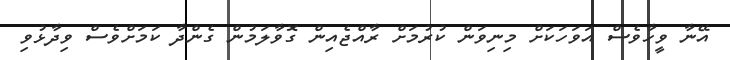
އޭނާ ވީހާވެސް އަވަހަކަށް މިނިވަން ކުރުމަށް ރާއްޖެއިން ގޮވާލަމުން ގެންދާ ކަމަށްވެސް ވިދާޅުވި